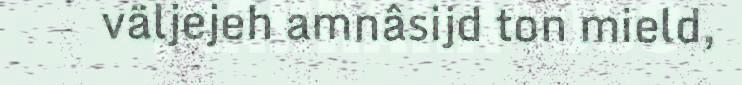
väljejeh amnâsijd ton mield,